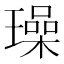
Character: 璪